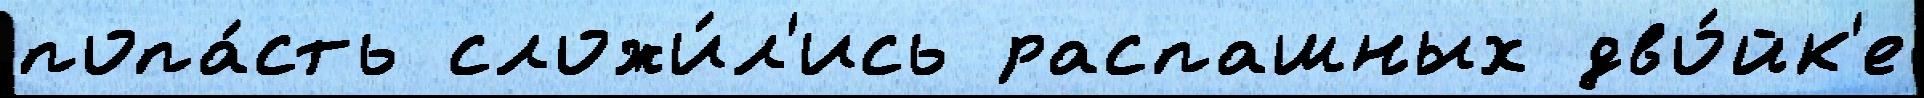
попа́сть сложи́л'ись распашных дво́йк'е